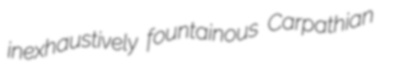
inexhaustively fountainous Carpathian